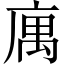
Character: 庽